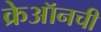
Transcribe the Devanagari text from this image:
क्रेऑनची